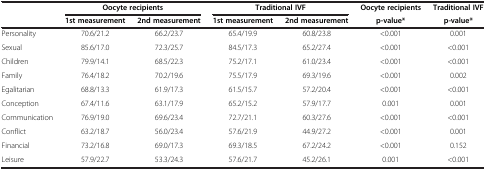
<table><thead><tr><td><b> </b></td><td colspan="2"><b>Oocyte recipients</b></td><td colspan="2"><b>Traditional IVF</b></td><td><b>Oocyte recipients</b></td><td><b>Traditional IVF</b></td></tr><tr><td><b> </b></td><td><b>1st measurement</b></td><td><b>2nd measurement</b></td><td><b>1st measurement</b></td><td><b>2nd measurement</b></td><td><b>p-value*</b></td><td><b>p-value*</b></td></tr></thead><tbody><tr><td>Personality</td><td>70.6/21.2</td><td>66.2/23.7</td><td>65.4/19.9</td><td>60.8/23.8</td><td>&lt;0.001</td><td>0.001</td></tr><tr><td>Sexual</td><td>85.6/17.0</td><td>72.3/25.7</td><td>84.5/17.3</td><td>65.2/27.4</td><td>&lt;0.001</td><td>&lt;0.001</td></tr><tr><td>Children</td><td>79.9/14.1</td><td>68.5/22.3</td><td>75.2/17.1</td><td>61.0/23.4</td><td>&lt;0.001</td><td>&lt;0.001</td></tr><tr><td>Family</td><td>76.4/18.2</td><td>70.2/19.6</td><td>75.5/17.9</td><td>69.3/19.6</td><td>&lt;0.001</td><td>0.002</td></tr><tr><td>Egalitarian</td><td>68.8/13.3</td><td>61.9/17.3</td><td>61.5/15.7</td><td>57.2/20.4</td><td>&lt;0.001</td><td>&lt;0.001</td></tr><tr><td>Conception</td><td>67.4/11.6</td><td>63.1/17.9</td><td>65.2/15.2</td><td>57.9/17.7</td><td>0.001</td><td>0.001</td></tr><tr><td>Communication</td><td>76.9/19.0</td><td>69.6/23.4</td><td>72.7/21.1</td><td>60.3/27.6</td><td>&lt;0.001</td><td>&lt;0.001</td></tr><tr><td>Conflict</td><td>63.2/18.7</td><td>56.0/23.4</td><td>57.6/21.9</td><td>44.9/27.2</td><td>&lt;0.001</td><td>0.001</td></tr><tr><td>Financial</td><td>73.2/16.8</td><td>69.0/17.3</td><td>69.3/18.5</td><td>67.2/24.2</td><td>&lt;0.001</td><td>0.152</td></tr><tr><td>Leisure</td><td>57.9/22.7</td><td>53.3/24.3</td><td>57.6/21.7</td><td>45.2/26.1</td><td>0.001</td><td>&lt;0.001</td></tr></tbody></table>